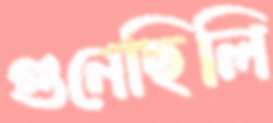
গুনেছিলি